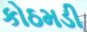
કોઠમડી